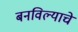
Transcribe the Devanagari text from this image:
बनविल्याचे